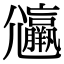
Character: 𡰟